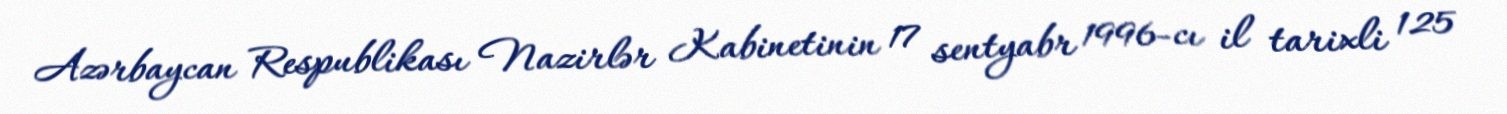
Azərbaycan Respublikası Nazirlər Kabinetinin 17 sentyabr 1996-cı il tarixli 125